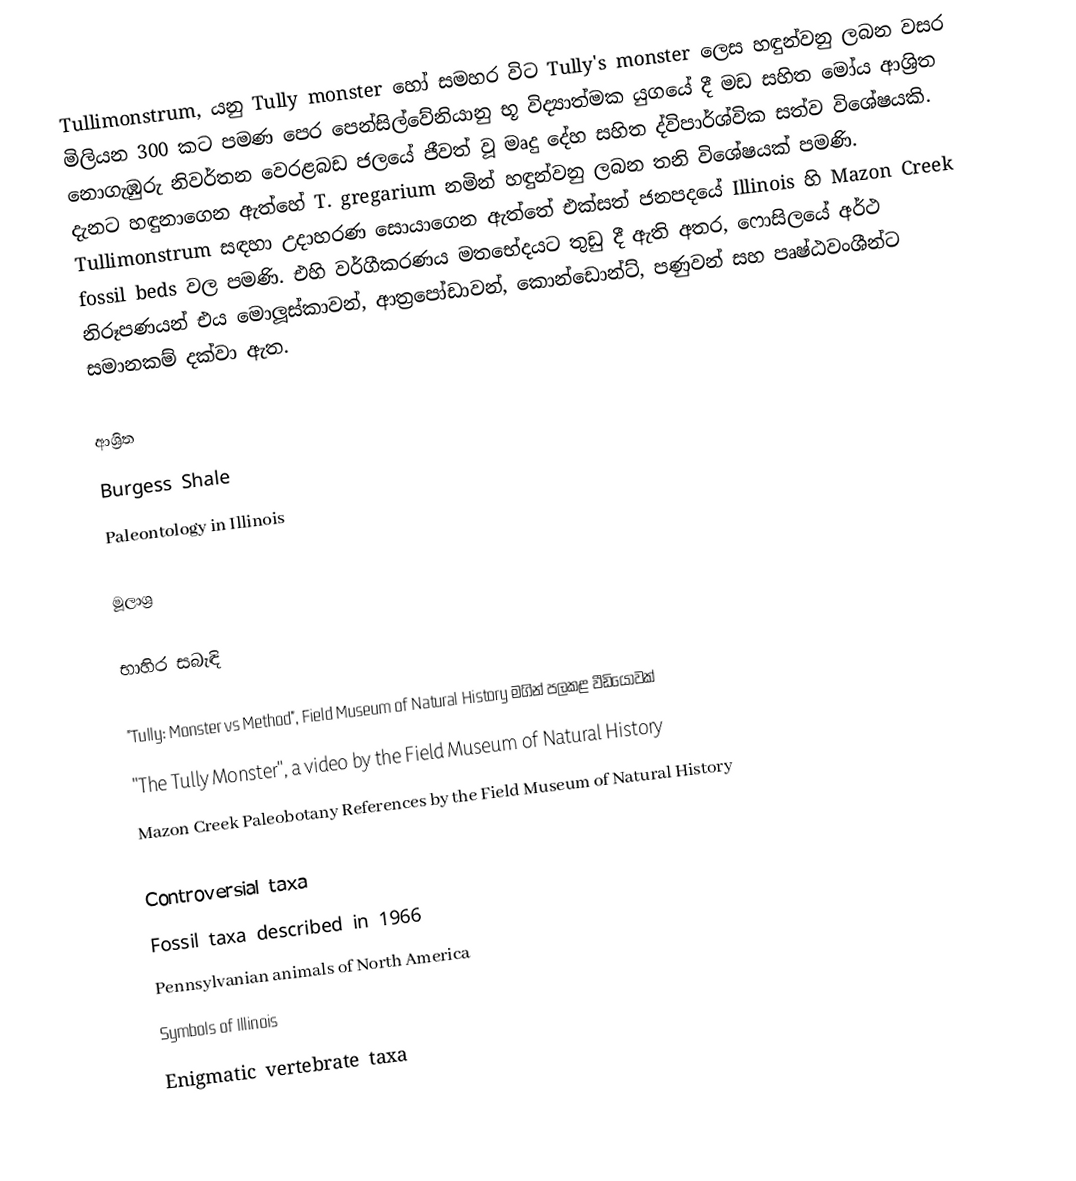
Tullimonstrum, යනු Tully monster හෝ සමහර විට Tully's monster ලෙස හඳුන්වනු ලබන වසර මිලියන 300 කට පමණ පෙර පෙන්සිල්වේනියානු භූ විද්‍යාත්මක යුගයේ දී මඩ සහිත මෝය ආශ්‍රිත නොගැඹුරු නිවර්තන වෙරළබඩ ජලයේ ජීවත් වූ මෘදු දේහ සහිත ද්විපාර්ශ්වික සත්ව විශේෂයකි. දැනට හඳුනාගෙන ඇත්හේ T. gregarium නමින් හඳුන්වනු ලබන තනි විශේෂයක් පමණි. Tullimonstrum සඳහා උදාහරණ සොයාගෙන ඇත්තේ එක්සත් ජනපදයේ Illinois හි Mazon Creek fossil beds වල පමණි. එහි වර්ගීකරණය මතභේදයට තුඩු දී ඇති අතර, ෆොසිලයේ අර්ථ නිරූපණයන් එය මොලූස්කාවන්, ආත්‍රපෝඩාවන්, කොන්ඩොන්ට්, පණුවන් සහ පෘෂ්ඨවංශීන්ට සමානකම් දක්වා ඇත.

ආශ්‍රිත
Burgess Shale
Paleontology in Illinois

මූලාශ්‍ර

භාහිර සබැඳි

"Tully: Monster vs Method", Field Museum of Natural History මගින් පලකළ වීඩියෝවක්
"The Tully Monster", a video by the Field Museum of Natural History
Mazon Creek Paleobotany References by the Field Museum of Natural History

Controversial taxa
Fossil taxa described in 1966
Pennsylvanian animals of North America
Symbols of Illinois
Enigmatic vertebrate taxa